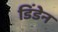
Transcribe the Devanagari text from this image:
डिंडेन